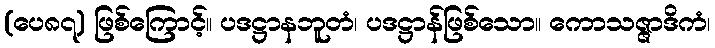
(ပေ၈၇) ဖြစ်ကြောင့်။ ပဒဋ္ဌာနဘူတံ၊ ပဒဋ္ဌာန်ဖြစ်သော။ ကောသဇ္ဇာဒိကံ၊